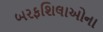
બરફશિલાઓના